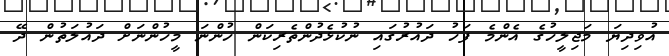
އުވިދިޔަ މަޖިލީހުގެ އެންމެ ފަހު ދައުރުގައި ނުކުޅެދުންތެރިކަން ހުންނަ މީހުންނަށް ދައުލަތުން ދޭ